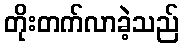
တိုးတက်လာခဲ့သည်